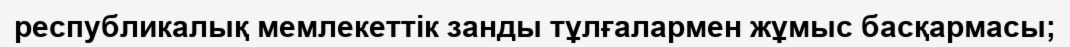
республикалық мемлекеттік занды тұлғалармен жұмыс басқармасы;